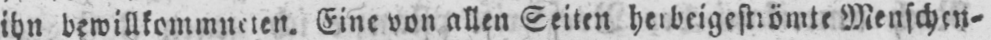
ihn bewillkommneten. Eine von allen Seiten herbeigeströmte Menschen⸗